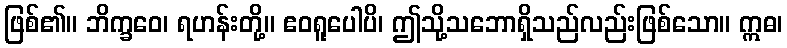
ဖြစ်၏။ ဘိက္ခဝေ၊ ရဟန်းတို့။ ဧဝရူပေါပိ၊ ဤသို့သဘောရှိသည်လည်းဖြစ်သော။ ဣဓ၊